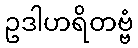
ဥဒါဟရိတဗ္ဗံ